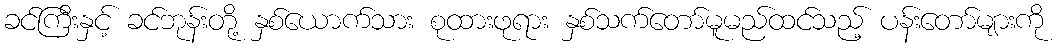
ခင်ကြီးနှင့် ခင်ဘုန်းတို့ နှစ်ယောက်သား စုထားဖုရား နှစ်သက်တော်မူမည်ထင်သည့် ပန်းတော်များကို